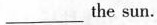
___the sun.